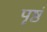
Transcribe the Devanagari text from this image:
पृष्ठं